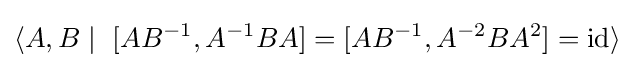
\langle A,B\mid \ [AB^{-1},A^{-1}BA]=[AB^{-1},A^{-2}BA^{2}]=\mathrm {id} \rangle